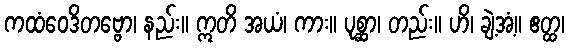
ကထံဝေဒိတဗ္ဗော၊ နည်း။ ဣတိ အယံ၊ ကား။ ပုစ္ဆာ၊ တည်း။ ဟိ၊ ချဲ့အံ့။ ဧတ္ထ၊